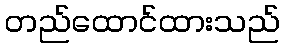
တည်ထောင်ထားသည်